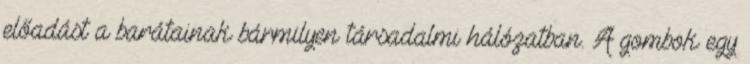
előadást a barátainak bármilyen társadalmi hálózatban. A gombok egy